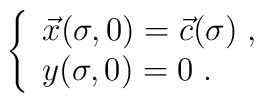
\left\{ \begin{array}{l}\vec{x}(\sigma ,0)=\vec{c}(\sigma )\; ,\\y(\sigma ,0)=0\; .\end{array}\right.